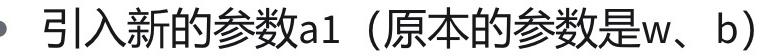
引入新的参数a1（原本的参数是w、b）